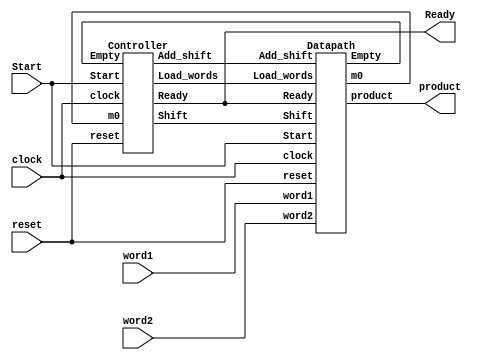
module Multiplier_STG_1(product,Ready,word1,word2,Start,clock,reset);
parameter                  L_word=4;
output     [2*L_word-1:0]  product;
output                     Ready;
input      [L_word-1:0]    word1,word2;
input                      Start,clock,reset;
wire                       m0,Empty,Load_words,Shift,Add_shift;
wire                       Ready;
Datapath M1(product,m0,Empty,word1,word2,Ready,Start,Load_words,Shift,Add_shift,clock,reset);
Controller M2(Load_words,Shift,Add_shift,Ready,m0,Empty,Start,clock,reset);
endmodule
module Controller(Load_words,Shift,Add_shift,Ready,m0,Empty,Start,clock,reset);
parameter               L_word = 4;
parameter               L_state = 3;
output                  Load_words,Shift,Add_shift,Ready;
input                   Empty;
input                   m0,Start,clock,reset;
reg     [L_state-1:0]   state,next_state;
parameter               S_idle = 0,S_1=1,S_2=2,S_3=3,S_4=4,S_5=5;
reg                     Load_words,Shift,Add_shift;
wire                    Ready=((state == S_idle)&&!reset) || (state==S_5);
always @(posedge clock or posedge reset) begin
    if(reset) state <= S_idle;
    else state  <= next_state;
end
always @(state or Start or m0 or Empty) begin
    Load_words=0;
    Shift = 0;
    Add_shift = 0;
    case (state)
        S_idle:
        begin
          if(Start && Empty)next_state=S_5;
          else if(Start) begin
            Load_words=1;
            next_state=S_1;
          end
          else
          next_state=S_idle;
        end 
        S_1:
        begin
          if(m0)
          Add_shift=1;
          else 
          Shift=1;
          next_state=S_2;
        end
        S_2:
        begin
          if(m0)
          Add_shift=1;
          else 
          Shift=1;
          next_state=S_3;
        end
        S_3:
        begin
          if(m0)
          Add_shift=1;
          else 
          Shift=1;
          next_state=S_4;
        end
        S_4:
        begin
          if(m0)
          Add_shift=1;
          else 
          Shift=1;
          next_state=S_5;
        end
        S_5:
        begin
          if(Empty) next_state=S_5;
          else if(Start)
          begin
            Load_words=1;
            next_state=S_1;
          end
          else 
          next_state=S_5;
        end
        default: next_state=S_idle;
    endcase
end
endmodule
module Datapath(product,m0,Empty,word1,word2,Ready,Start,Load_words,Shift,Add_shift,clock,reset);
parameter                  L_word = 4;
output   [2*L_word-1:0]    product;
output                     m0,Empty;
input    [L_word-1:0]      word1,word2;
input                      Ready,Start,Load_words,Shift;
input                      Add_shift,clock,reset;
reg      [2*L_word-1:0]    product,multiplicand;
reg      [L_word-1:0]      multiplier;
wire                       m0=multiplier[0];
wire                       Empty=(~|word1)||(~|word2);
always @(posedge clock or posedge reset) begin
    if(reset) begin
      multiplier <= 0;
      multiplicand <= 0;
      product <= 0;
    end
    else if(Start && Empty && Ready)
    product <= 0;
    else if(Load_words)
    begin
      multiplicand <= word1;
      multiplier <= word2;
      product <= 0;
    end
    else if(Shift)
    begin
      multiplier <= multiplier >> 1;
      multiplicand <= multiplicand << 1;
    end
    else if(Add_shift)
    begin
      product <= product+multiplicand;
      multiplier <= multiplier >> 1;
      multiplicand <= multiplicand << 1;
    end
end
endmodule